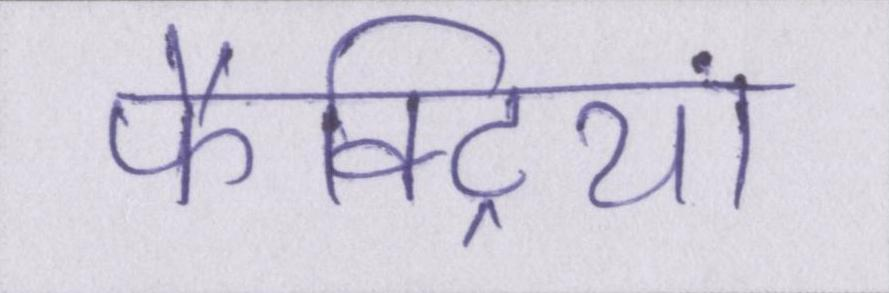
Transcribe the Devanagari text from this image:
फैक्ट्रियां